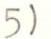
5)